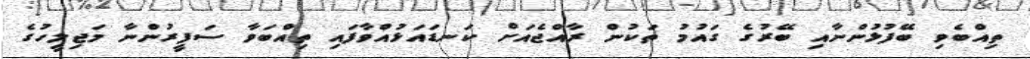
ތިއްބެވި ބޭފުޅުންނާއި ބޭރުގެ ގައުމު ތަކުން ރާއްޖެއަށް ކަނޑައަޅުއްވާފައި ތިއްބަވާ ސަފީރުންނާ މަޖިލީހުގެ